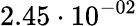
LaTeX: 2.45\cdot 10^{-02}